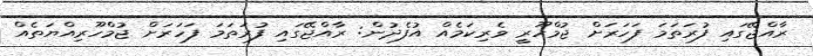
ރާއްޖޭގައި ފުރަތަމަ ފަހަރަށް ޖުމްހޫރީ ވެރިކަމެއް އުފެދުން: ރާއްޖޭގައި ފުރަތަމަ ފަހަރަށް ޖުމްހޫރިއްޔަތެއް